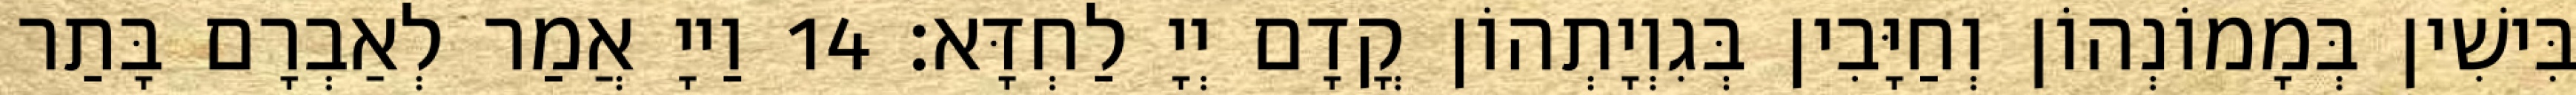
בִּישִׁין בְּמָמוֹנְהוֹן וְחַיָּבִין בְּגִוְיָתְהוֹן קֳדָם יְיָ לַחְדָּא׃ 14 וַייָ אֲמַר לְאַבְרָם בָּתַר